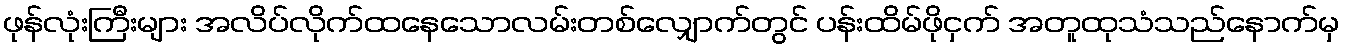
ဖုန်လုံးကြီးများ အလိပ်လိုက်ထနေသောလမ်းတစ်လျှောက်တွင် ပန်းထိမ်ဖိုငှက် အတူထုသံသည်နောက်မှ